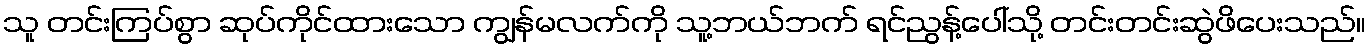
သူ တင်းကြပ်စွာ ဆုပ်ကိုင်ထားသော ကျွန်မလက်ကို သူ့ဘယ်ဘက် ရင်ညွန့်ပေါ်သို့ တင်းတင်းဆွဲဖိပေးသည်။